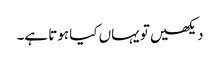
دیکھیں تو یہاں کیا ہوتا ہے۔